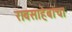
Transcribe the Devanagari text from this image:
रावसाहेबांचा